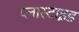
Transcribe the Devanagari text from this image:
प्लास्टाइड